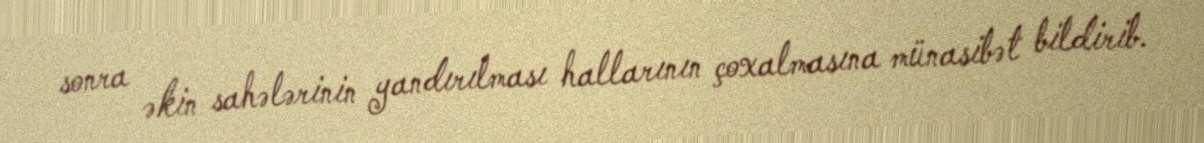
sonra əkin sahələrinin yandırılması hallarının çoxalmasına münasibət bildirib.